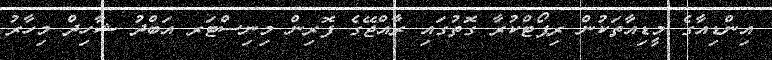
އިންޑިއާގެ މީޑިއާތަކުން ރިޕޯޓްކުރާ ގޮތުގައި ރާއްޖޭގެ ފޮރިން މިނިސްޓަރ އަބްދު ޝާހިދް މިހާރު